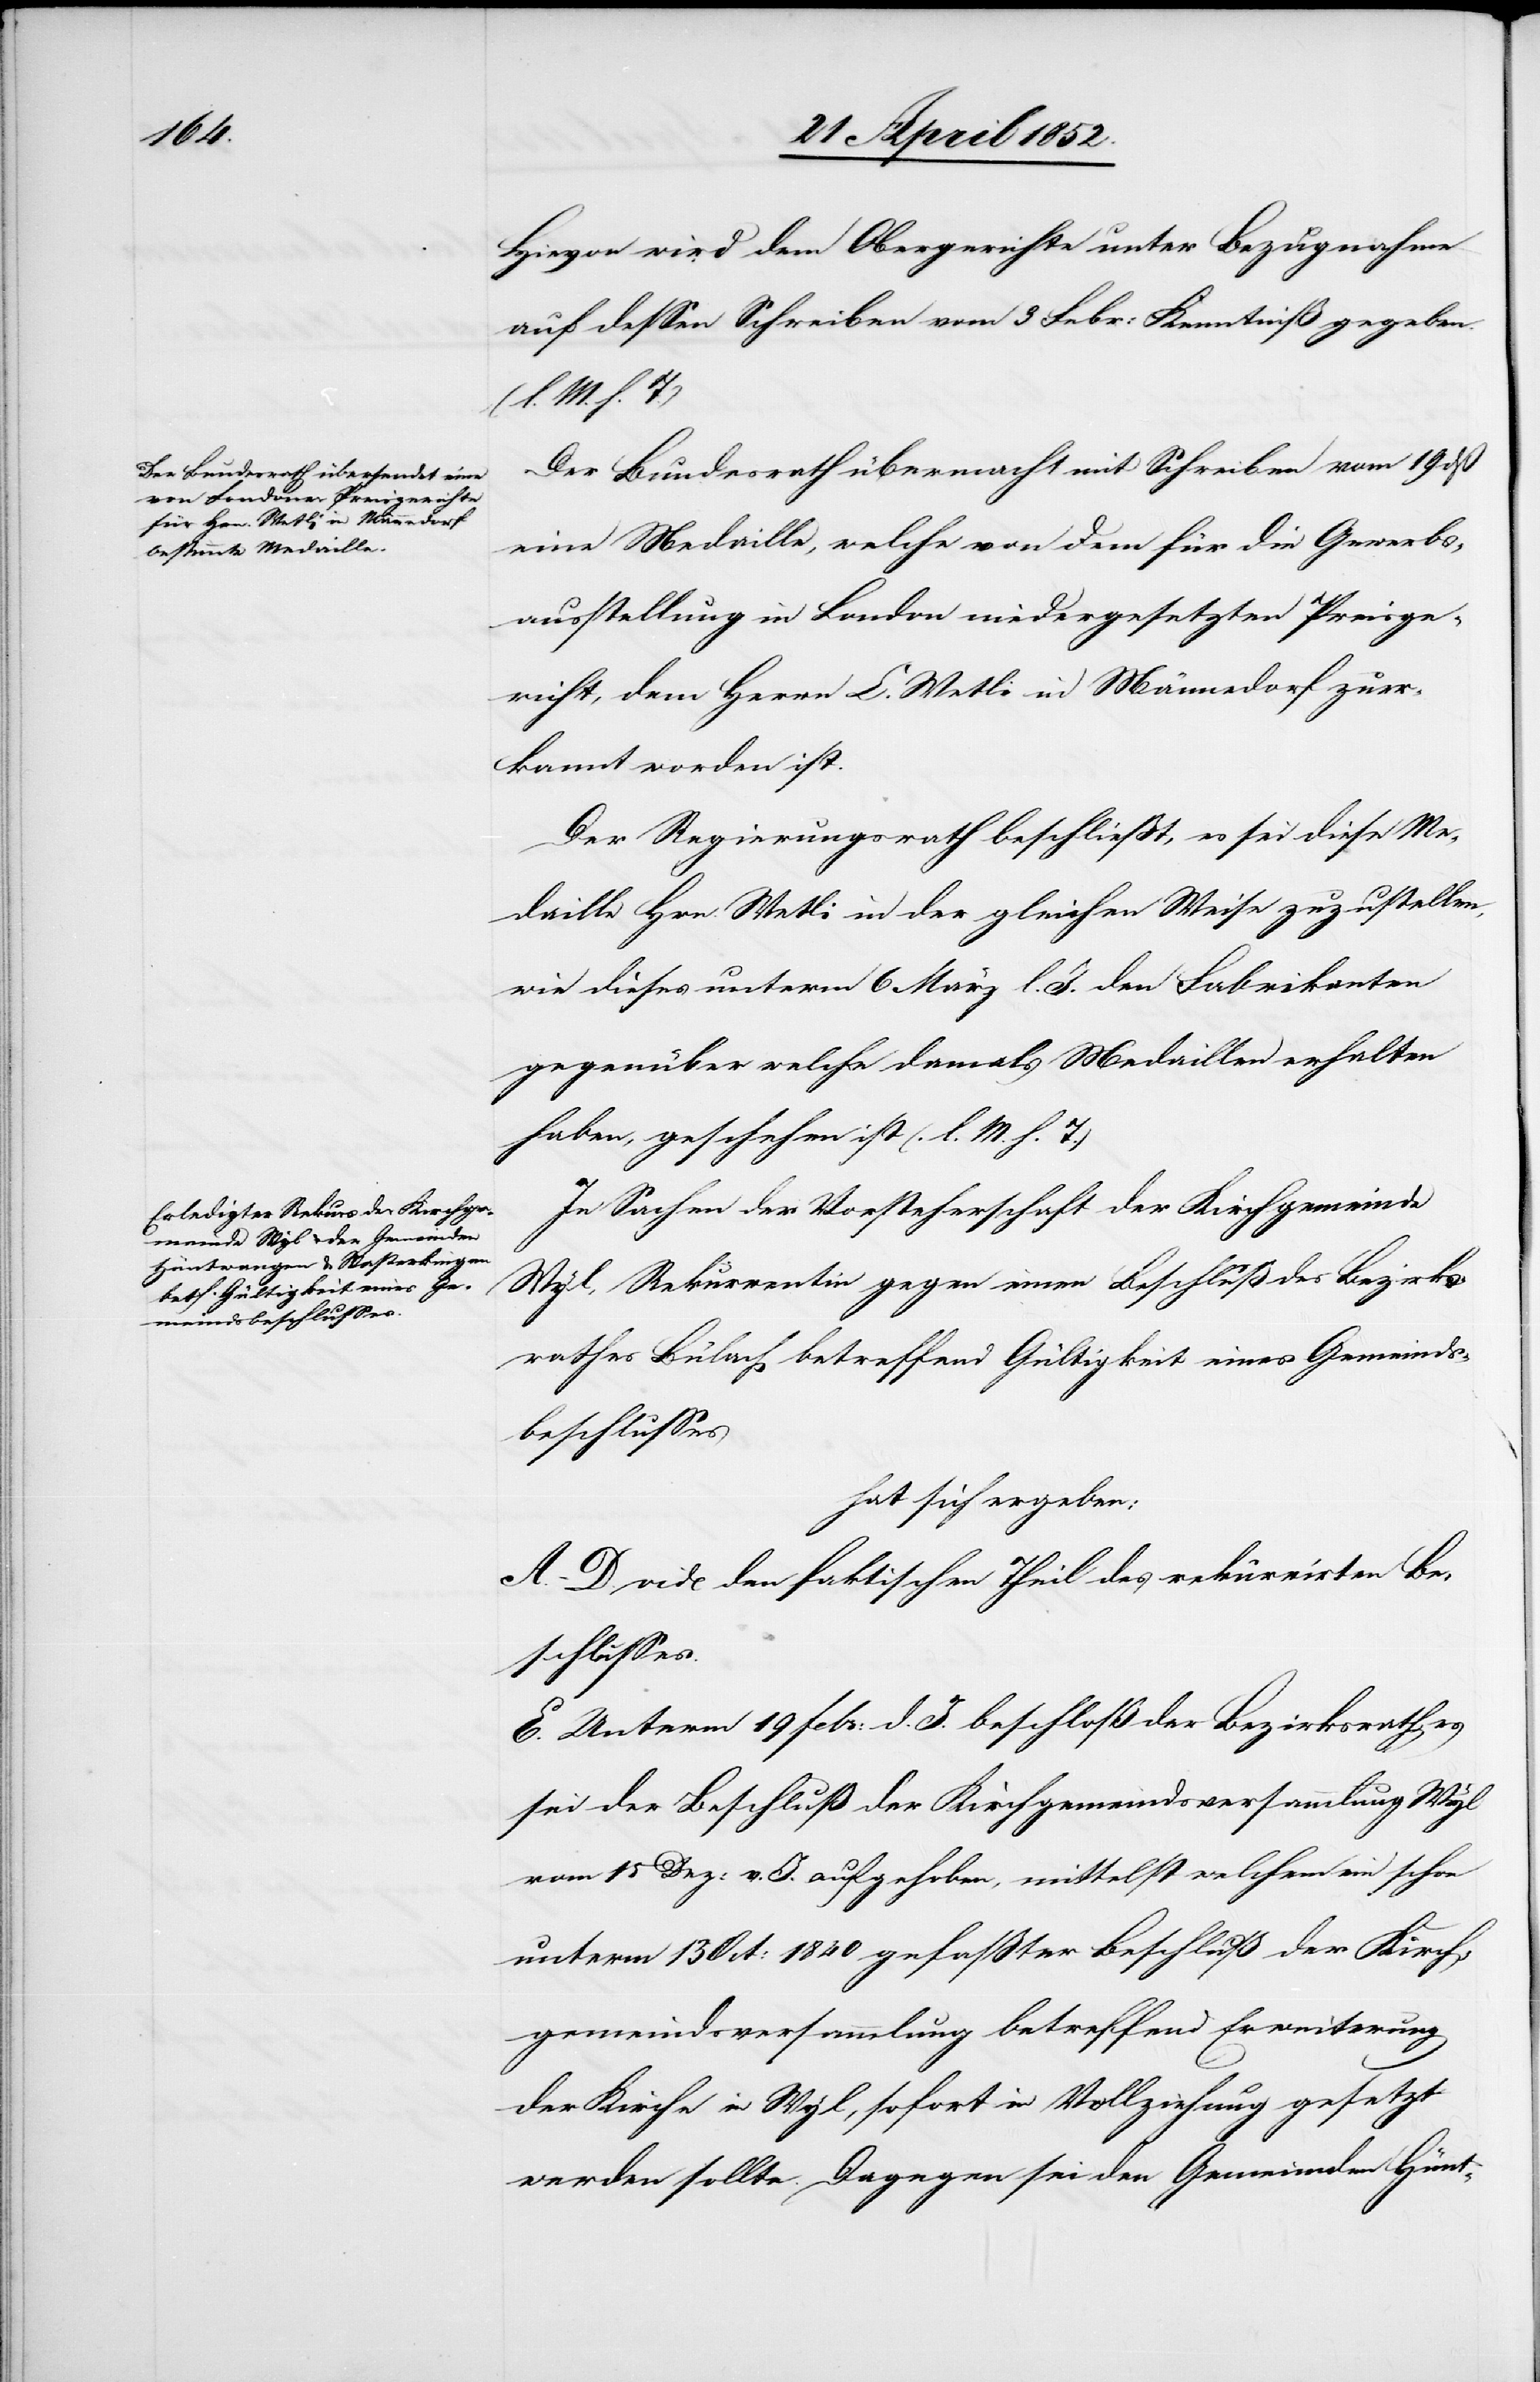
Hievon wird dem Obergerichte unter Bezugnahme
auf dessen Schreiben vom 3 Febr: Kenntniß gegeben.
(l. M. h. T.)
Der Bundesrath übermacht mit Schreiben vom 19 dß
eine Medaille, welche von dem für die Gewerbs¬
ausstellung in London niedergesetzten Preisge¬
richt, dem Herrn E. Wetli in Männedorf zuer¬
kannt worden ist.
Der Regierungsrath beschliesst, es sei diese Me¬
daille Hrn. Wetli in der gleichen Weise zuzustellen,
wie dieses unterm 6 März l. J. den Fabrikanten
gegenüber welche damals Medaillen erhalten
haben, geschehen ist (l. M. h. T.)
In Sachen der Vorsteherschaft der Kirchgemeinde
Wyl, Rekurrentin gegen einen Beschluß des Bezirks¬
rathes Bülach betreffend Gültigkeit eines Gemeinds¬
beschlusses
hat sich ergeben:
A.–D. vide den faktischen Theil des rekurrirten Be¬
schlusses.
E. Unterm 19 Febr: d. J. beschloß der Bezirksrath, es
sei der Beschluß der Kirchgemeindsversammlung Wyl
vom 15 Dez: v. J. aufgehoben, mittelst welchem ein schon
unterm 13 Oct: 1840 gefaßter Beschluß der Kirch¬
gemeindsversammlung betreffend Erweiterung
der Kirche in Wyl, sofort in Vollziehung gesetzt
werden sollte. Dagegen sei den Gemeinden Hünt-